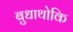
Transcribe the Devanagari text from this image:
बुधाथोकि